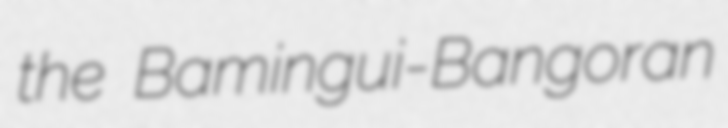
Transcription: the Bamingui-Bangoran